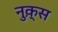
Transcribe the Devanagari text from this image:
नुक़्स